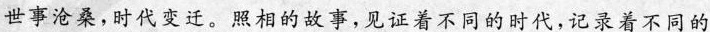
世事沧桑,时代变迁。照相的故事,见证着不同的时代,记录着不同的